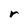
Character: r